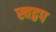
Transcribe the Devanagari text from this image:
स्वद्वप